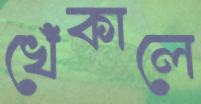
খেঁকালে